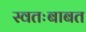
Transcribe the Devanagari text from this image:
स्वतःबाबत